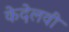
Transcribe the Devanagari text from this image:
केदेलवी